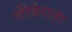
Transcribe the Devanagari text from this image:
लीबेराता